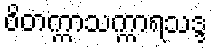
ဝိတက္ကာသက္ကာရသဒ္ဒ